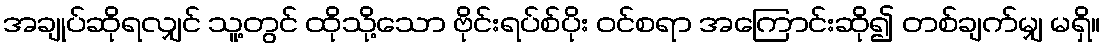
အချုပ်ဆိုရလျှင် သူ့တွင် ထိုသို့သော ဗိုင်းရပ်စ်ပိုး ဝင်စရာ အကြောင်းဆို၍ တစ်ချက်မျှ မရှိ။